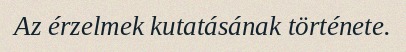
Az érzelmek kutatásának története.